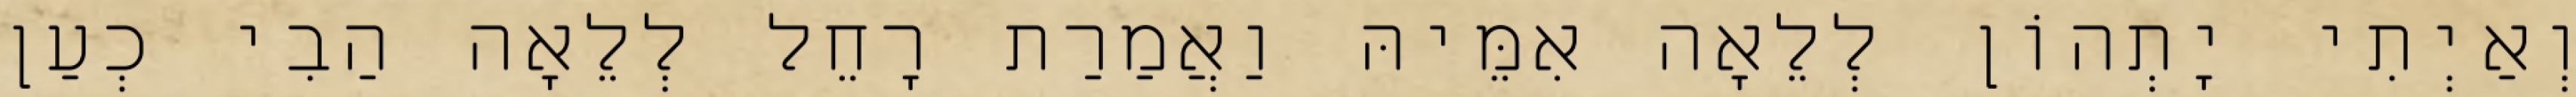
וְאַיְתִי יָתְהוֹן לְלֵאָה אִמֵּיהּ וַאֲמַרַת רָחֵל לְלֵאָה הַבִי כְעַן